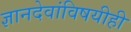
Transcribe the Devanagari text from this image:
ज्ञानदेवांविषयीही